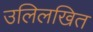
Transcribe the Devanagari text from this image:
उलिलखित